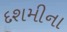
દશમીના